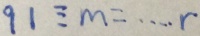
9 1 \div m = \cdots r